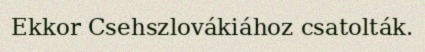
Ekkor Csehszlovákiához csatolták.